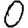
Digit: 0